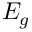
E _ { g }